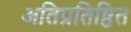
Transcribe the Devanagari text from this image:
अतिप्रतिष्ठित